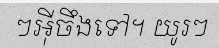
ៗអ៊ីចឹងទៅ។ យូរៗ